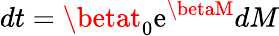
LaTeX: dt=\betat_{0}\mathrm{e}^{\betaM}dM